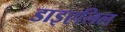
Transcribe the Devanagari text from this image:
डाइएलिल